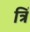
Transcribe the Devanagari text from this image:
त्रिं